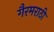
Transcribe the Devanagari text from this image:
गैरमराठी